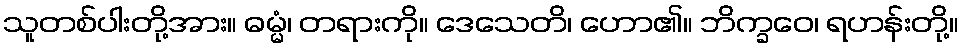
သူတစ်ပါးတို့အား။ ဓမ္မံ၊ တရားကို။ ဒေသေတိ၊ ဟော၏။ ဘိက္ခဝေ၊ ရဟန်းတို့။